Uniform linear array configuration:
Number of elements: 32
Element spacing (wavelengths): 0.5
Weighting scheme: cosine
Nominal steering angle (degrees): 60
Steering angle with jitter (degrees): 60.49
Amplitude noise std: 0.05
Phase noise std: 0.05

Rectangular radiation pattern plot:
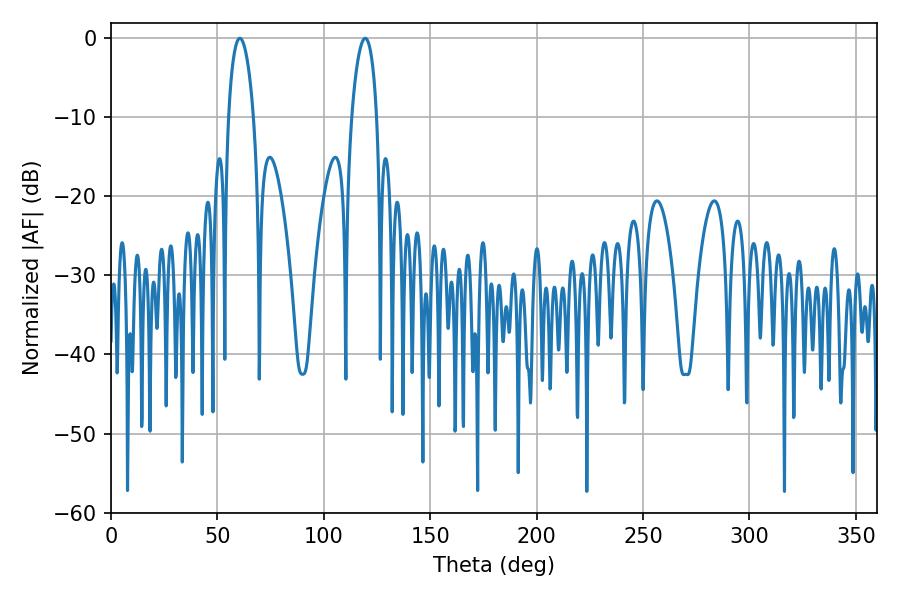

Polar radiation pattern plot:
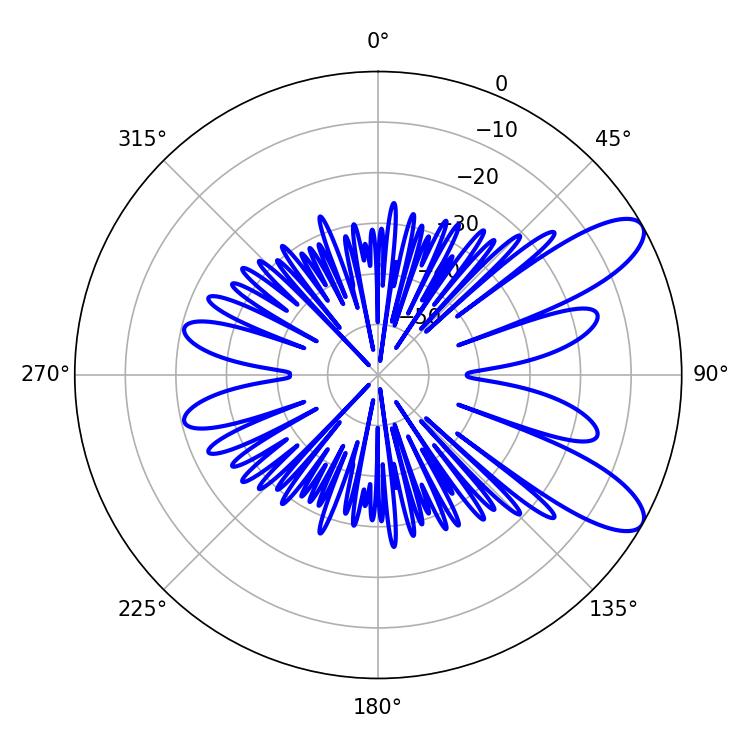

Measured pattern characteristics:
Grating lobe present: FALSE
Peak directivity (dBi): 9.555
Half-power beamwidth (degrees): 6.66
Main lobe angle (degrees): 60.48